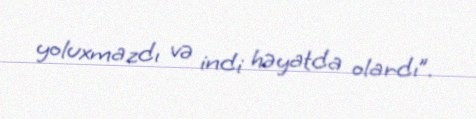
yoluxmazdı və indi həyatda olardı”.